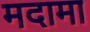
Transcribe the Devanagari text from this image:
मदामा